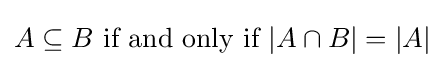
A\subseteq B{\text{ if and only if }}|A\cap B|=|A|